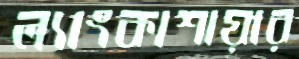
ল্যাংকাশায়ার